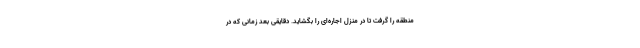
منطقه را گرفت تا در منزل اجاره‌ای را بگشاید. دقایقی بعد زمانی که در